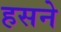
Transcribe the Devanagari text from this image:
हसने